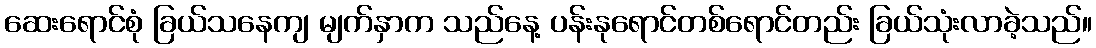
ဆေးရောင်စုံ ခြယ်သနေကျ မျက်နှာက သည်နေ့ ပန်းနုရောင်တစ်ရောင်တည်း ခြယ်သုံးလာခဲ့သည်။